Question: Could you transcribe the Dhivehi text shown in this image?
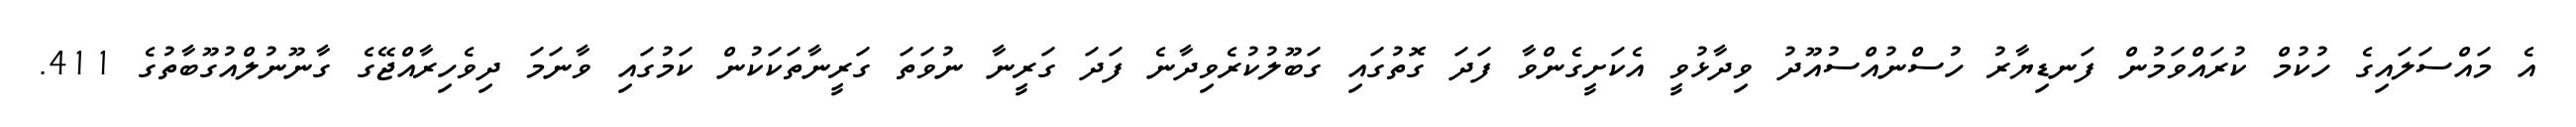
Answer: އެ މައްސަލައިގެ ހުކުމް ކުރައްވަމުން ފަނޑިޔާރު ހުސްނުއްސުއޫދު ވިދާޅުވީ އެކަށީގެންވާ ފަދަ ގޮތުގައި ގަބޫލުކުރެވިދާނެ ފަދަ ގަރީނާ ނުވަތަ ގަރީނާތަކަކުން ކަމުގައި ވާނަމަ ދިވެހިރާއްޖޭގެ ގާނޫނުލްއުގޫބާތުގެ 411.